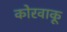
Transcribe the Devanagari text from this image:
कोरवाकू